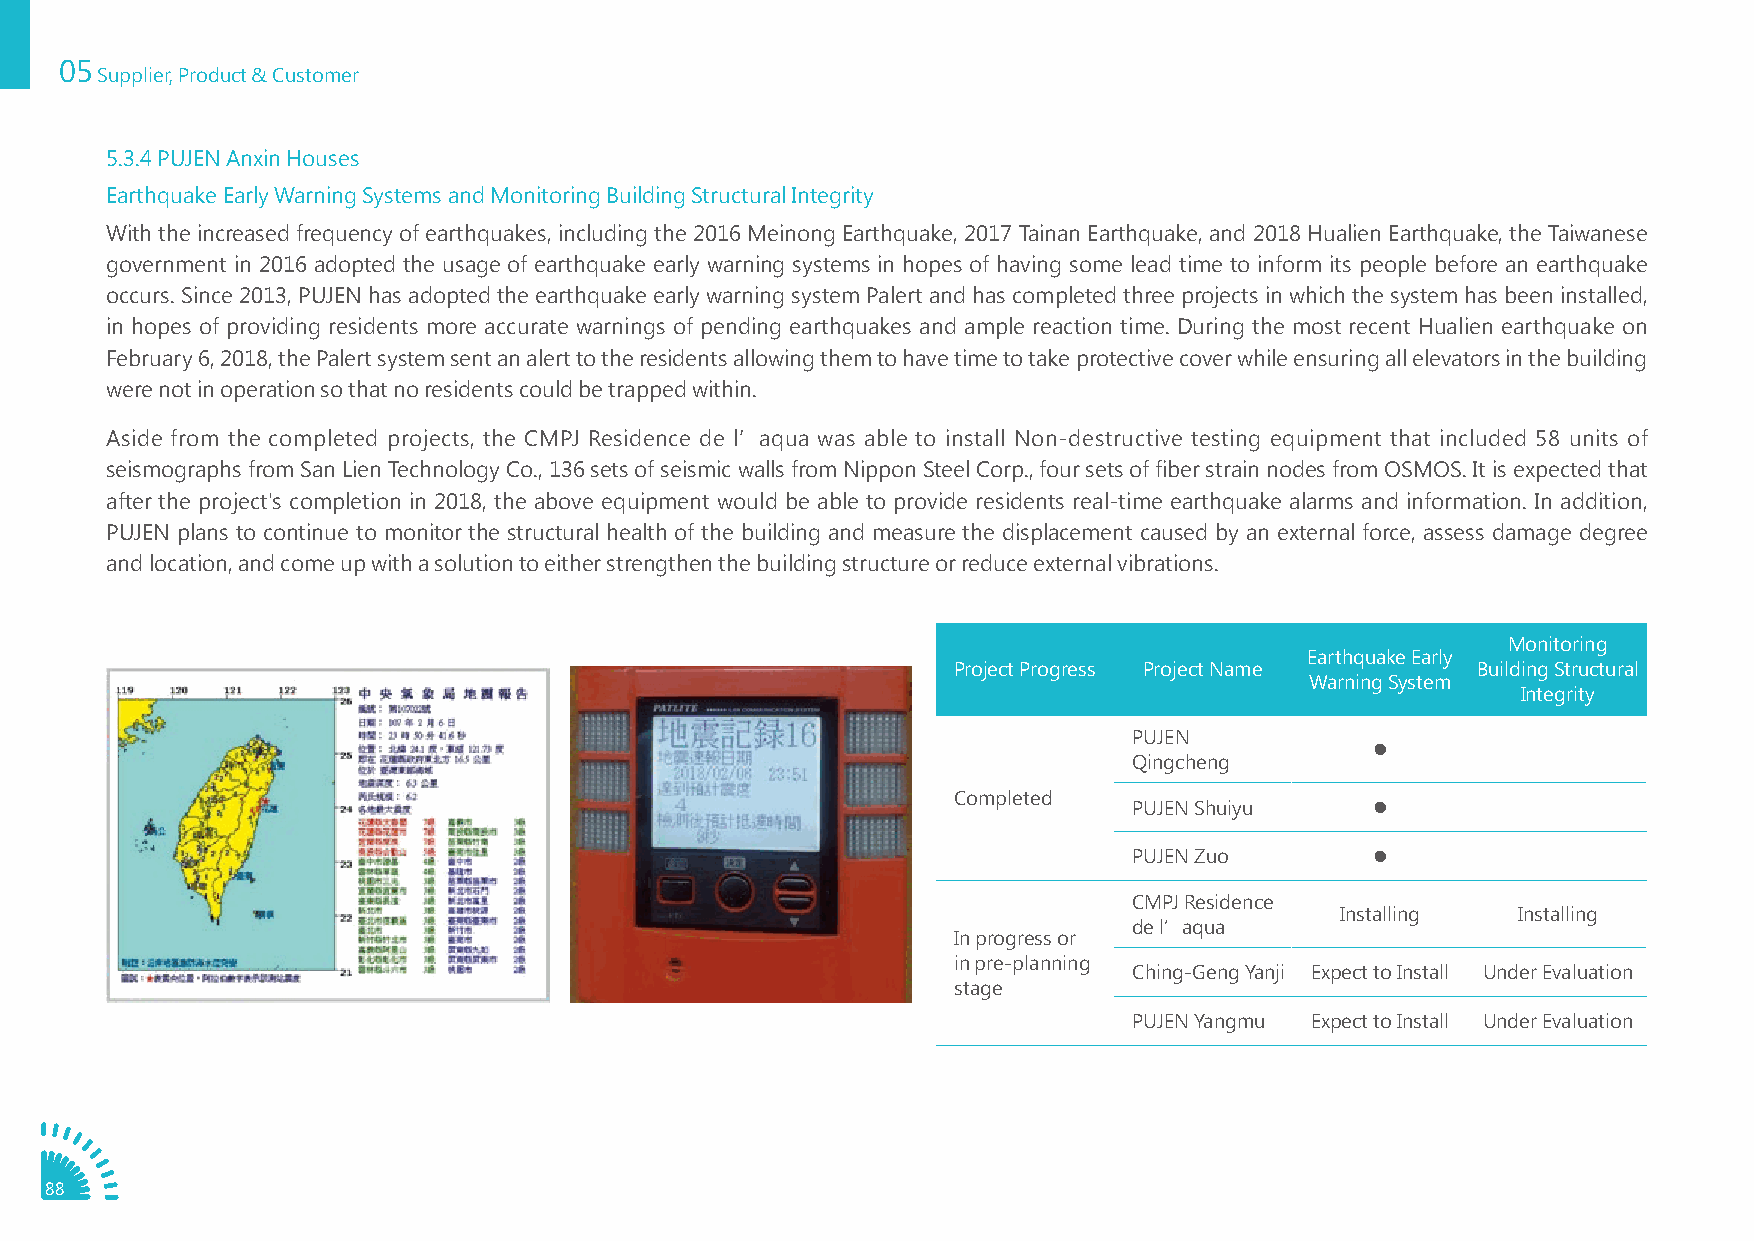
05
 Supplier, Product & Customer
 5.3.4 PUJEN Anxin Houses
 Earthquake Early Warning Systems and Monitoring Building Structural Integrity
 With the increased frequency of earthquakes, including the 2016 Meinong Earthquake, 2017 Tainan Earthquake, and 2018 Hualien Earthquake, the Taiwanese
 government in 2016 adopted the usage of earthquake early warning systems in hopes of having some lead time to inform its people before an earthquake
 occurs. Since 2013, PUJEN has adopted the earthquake early warning system Palert and has completed three projects in which the system has been installed,
 in hopes of providing residents more accurate warnings of pending earthquakes and ample reaction time. During the most recent Hualien earthquake on
 February 6, 2018, the Palert system sent an alert to the residents allowing them to have time to take protective cover while ensuring all elevators in the building
 were not in operation so that no residents could be trapped within.
 Aside from the completed projects, the CMPJ Residence de l’aqua was able to install Non-destructive testing equipment that included 58 units of
 seismographs from San Lien Technology Co., 136 sets of seismic walls from Nippon Steel Corp., four sets of fiber strain nodes from OSMOS. It is expected that
 after the project's completion in 2018, the above equipment would be able to provide residents real-time earthquake alarms and information. In addition,
 PUJEN plans to continue to monitor the structural health of the building and measure the displacement caused by an external force, assess damage degree
 and location, and come up with a solution to either strengthen the building structure or reduce external vibrations.
 Monitoring
 Earthquake Early
 Project Progress Project Name      Building Structural
 Warning System
 Integrity
 PUJEN
 ●
 Qingcheng
 Completed
 PUJEN Shuiyu    ●
 PUJEN Zuo       ●
 CMPJ Residence
 Installing Installing
 de l’aqua
 In progress or
 in pre-planning
 Ching-Geng Yanji Expect to Install Under Evaluation
 stage
 PUJEN Yangmu Expect to Install Under Evaluation
 88